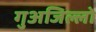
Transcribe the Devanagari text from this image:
गुअजिल्लो